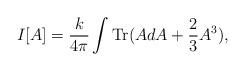
LaTeX: \begin{align*}I[A] = \frac{k}{4\pi} \int \mbox{Tr} (A dA + \frac{2}{3} A^3),\end{align*}